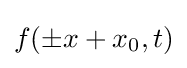
f(\pm x+x_{0},t)